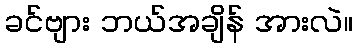
ခင်ဗျား ဘယ်အချိန် အားလဲ။